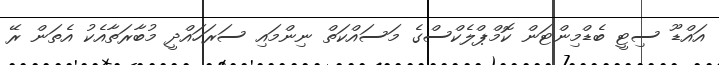
އައްޑޫ ސިޓީ ބެޑްމިންޓަން ކޮމްޕްލެކްސްގެ މަސައްކަތް ނިންމައި ސަރަހައްދީ މުބާރަތާއެކު އެތަން ރޭ